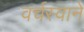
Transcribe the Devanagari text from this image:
वर्चस्वाने